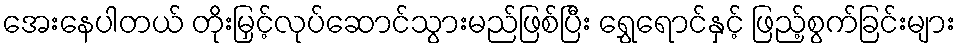
အေးနေပါတယ် တိုးမြှင့်လုပ်ဆောင်သွားမည်ဖြစ်ပြီး ရွှေရောင်နှင့် ဖြည့်စွက်ခြင်းများ